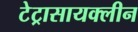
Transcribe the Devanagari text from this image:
टेट्रासायक्लीन